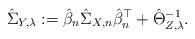
LaTeX: \begin{align*}\hat{\Sigma}_{Y,\lambda}:=\hat{\beta}_n\hat{\Sigma}_{X,n}\hat{\beta}_n^\top+\hat{\Theta}_{Z,\lambda}^{-1}.\end{align*}